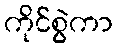
ကိုင်စွဲကာ